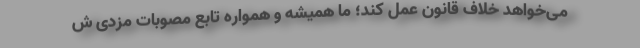
می‌خواهد خلاف قانون عمل کند؛ ما همیشه و همواره تابع مصوبات مزدی ش